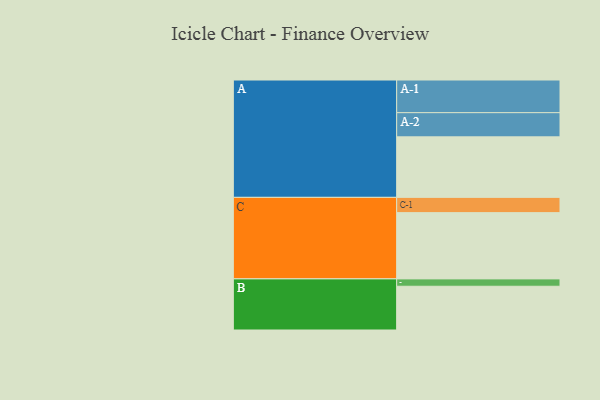
{"axis": {"x": "Segment", "y": "Value"}, "legend": ["", "A", "B", "C"], "data": [{"x": "A", "y": 476, "type": ""}, {"x": "B", "y": 344, "type": ""}, {"x": "C", "y": 521, "type": ""}, {"x": "A-1", "y": 257, "type": "A"}, {"x": "A-2", "y": 190, "type": "A"}, {"x": "B-1", "y": 58, "type": "B"}, {"x": "C-1", "y": 120, "type": "C"}]}